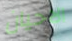
الاحيان